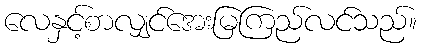
လေနှင့်စာလျှင်အေးမြကြည်လင်သည်။